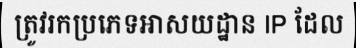
ត្រូវរកប្រភេទអាសយដ្ឋាន IP ដែល